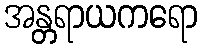
အန္တရာယကရော